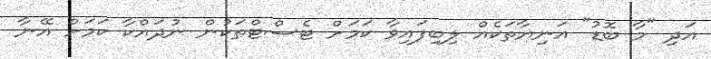
އަދި "މާ ބޮޑު" އަނިޔާތަކެއް ލިބިފައިވާ ކަމަށް ޓެސްޓްތަކުން ނުދައްކާ ކަމަށް އޭނާ